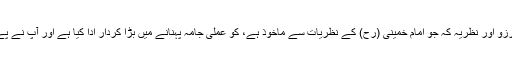
یہ بلند مقام شہید نے اس آرزو اور نظریہ کہ جو امام خمینی (رح) کے نظریات سے ماخوذ ہے، کو عملی جامہ پہنانے میں بڑا کردار ادا کیا ہے اور آپ نے پے در پے کوششیں کی ہیں۔